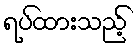
ရပ်ထားသည့်